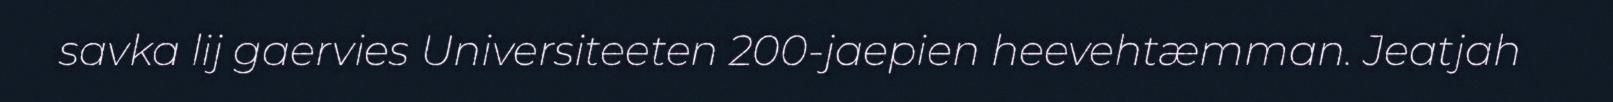
savka lij gaervies Universiteeten 200-jaepien heevehtæmman. Jeatjah